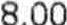
8.00